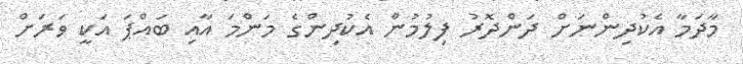
މާދަމާ އެކުދިންނަށް ދަންދޮރު ފިލުމުން އެކުދިންގެ މަންމަ އާއި ބައްޕަ އަކީ ވަރަށް